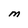
Character: M